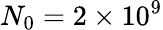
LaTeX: N_{0}=2\times 10^{9}